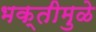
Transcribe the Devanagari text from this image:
भक्तीमुळे